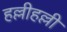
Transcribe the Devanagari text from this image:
हल्लीहल्ली